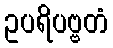
ဥပရိပဗ္ဗတံ